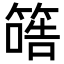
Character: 𥱠